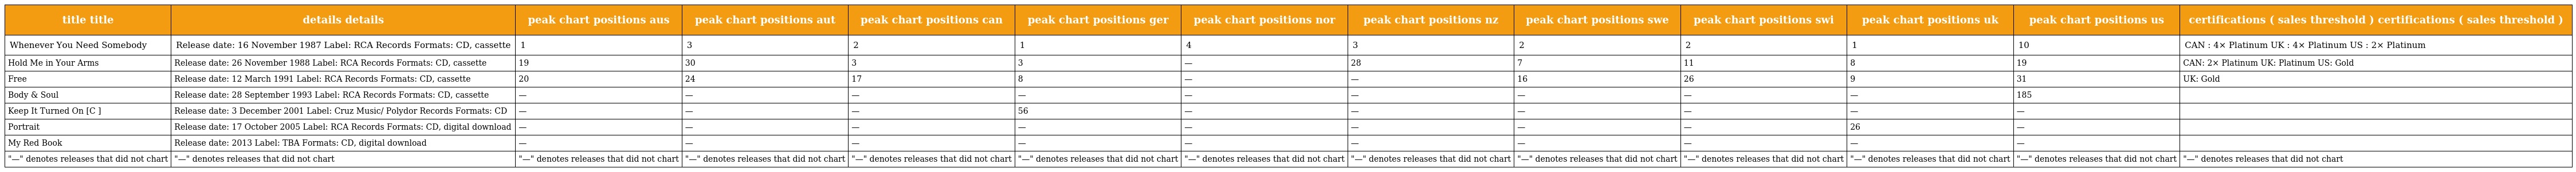
| title title | details details | peak chart positions aus | peak chart positions aut | peak chart positions can | peak chart positions ger | peak chart positions nor | peak chart positions nz | peak chart positions swe | peak chart positions swi | peak chart positions uk | peak chart positions us | certifications ( sales threshold ) certifications ( sales threshold ) |
 | --- | --- | --- | --- | --- | --- | --- | --- | --- | --- | --- | --- | --- |
 | Whenever You Need Somebody | Release date: 16 November 1987 Label: RCA Records Formats: CD, cassette | 1 | 3 | 2 | 1 | 4 | 3 | 2 | 2 | 1 | 10 | CAN : 4× Platinum UK : 4× Platinum US : 2× Platinum |
 | Hold Me in Your Arms | Release date: 26 November 1988 Label: RCA Records Formats: CD, cassette | 19 | 30 | 3 | 3 | — | 28 | 7 | 11 | 8 | 19 | CAN: 2× Platinum UK: Platinum US: Gold |
 | Free | Release date: 12 March 1991 Label: RCA Records Formats: CD, cassette | 20 | 24 | 17 | 8 | — | — | 16 | 26 | 9 | 31 | UK: Gold |
 | Body & Soul | Release date: 28 September 1993 Label: RCA Records Formats: CD, cassette | — | — | — | — | — | — | — | — | — | 185 |  |
 | Keep It Turned On [C ] | Release date: 3 December 2001 Label: Cruz Music/ Polydor Records Formats: CD | — | — | — | 56 | — | — | — | — | — | — |  |
 | Portrait | Release date: 17 October 2005 Label: RCA Records Formats: CD, digital download | — | — | — | — | — | — | — | — | 26 | — |  |
 | My Red Book | Release date: 2013 Label: TBA Formats: CD, digital download | — | — | — | — | — | — | — | — | — | — |  |
 | "—" denotes releases that did not chart | "—" denotes releases that did not chart | "—" denotes releases that did not chart | "—" denotes releases that did not chart | "—" denotes releases that did not chart | "—" denotes releases that did not chart | "—" denotes releases that did not chart | "—" denotes releases that did not chart | "—" denotes releases that did not chart | "—" denotes releases that did not chart | "—" denotes releases that did not chart | "—" denotes releases that did not chart | "—" denotes releases that did not chart |